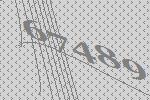
67489